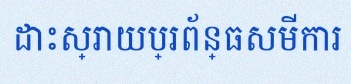
ដោះស្រាយប្រព័ន្ធសមីការ